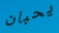
يحبان